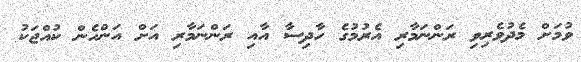
ވުމަށް މެދުވެރިވި ރަންނަމާރި އެރުމުގެ ހާދިސާ އާއި ރަންނަމާރި އަށް އަންހެން ކުއްޖަކު